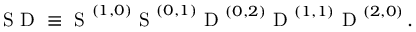
\mathrm { ~ S ~ D ~ } \equiv \mathrm { ~ S ~ } ^ { ( 1 , 0 ) } \mathrm { ~ S ~ } ^ { ( 0 , 1 ) } \mathrm { ~ D ~ } ^ { ( 0 , 2 ) } \mathrm { ~ D ~ } ^ { ( 1 , 1 ) } \mathrm { ~ D ~ } ^ { ( 2 , 0 ) } \, .